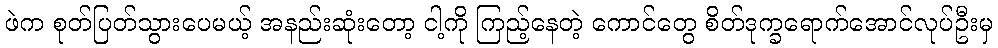
ဖဲက စုတ်ပြတ်သွားပေမယ့် အနည်းဆုံးတော့ ငါ့ကို ကြည့်နေတဲ့ ကောင်တွေ စိတ်ဒုက္ခရောက်အောင်လုပ်ဦးမှ